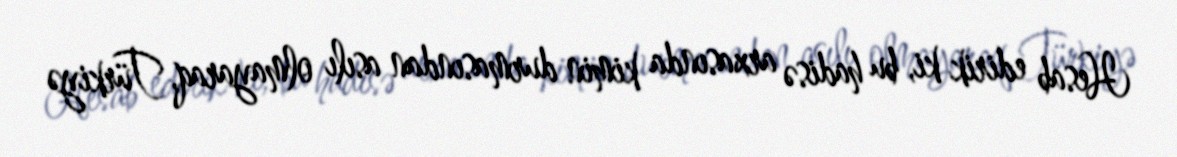
Hesab edirik ki, bu hadisə arxasında kimin durmasından asılı olmayaraq, Türkiyə